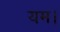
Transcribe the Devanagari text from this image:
यम।